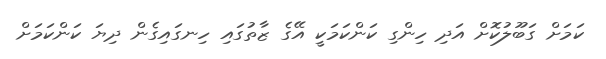
ކަމަށް ގަބޫލުކޮށް އަދި ހިންގި ކަންކަމަކީ އޭގެ ޒާތުގައި ހިނގައިގެން ދިޔަ ކަންކަމަށް